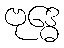
ဗုဒ္ဓေ